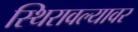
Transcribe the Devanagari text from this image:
स्थिरावल्यावर